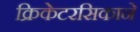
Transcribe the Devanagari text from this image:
क्रिकेटरसिकाने